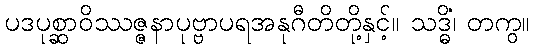
ပဒပုစ္ဆာဝိဿဇ္ဇနာပုဗ္ဗာပရအနုဂီတိတို့နှင့်။ သဒ္ဓိံ၊ တကွ။